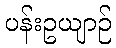
ပန်းဥယျာဉ်